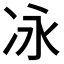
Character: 𫥆